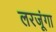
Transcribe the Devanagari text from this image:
लरजूंगा